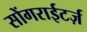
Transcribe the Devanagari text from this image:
सोंगराईटर्ज़